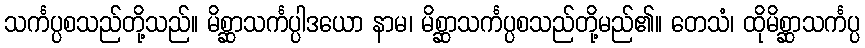
သင်္ကပ္ပစသည်တို့သည်။ မိစ္ဆာသင်္ကပ္ပါဒယော နာမ၊ မိစ္ဆာသင်္ကပ္ပစသည်တို့မည်၏။ တေသံ၊ ထိုမိစ္ဆာသင်္ကပ္ပ